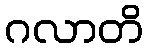
ဂလာတိ